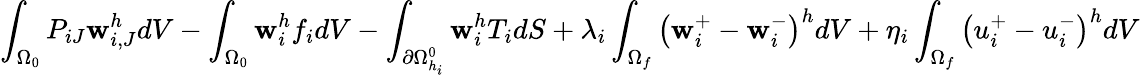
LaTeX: \int_{\Omega_{0}}P_{iJ}\mathbf{w}_{i,J}^{h}dV-\int_{\Omega_{0}}{\mathbf{w}_{i}^{h}f_{i}}dV-\int_{\partial\Omega_{h_{i}}^{0}}\mathbf{w}_{i}^{h}T_{i}dS+\lambda_{i}\int_{\Omega_{f}}\left(\mathbf{w}_{i}^{+}-\mathbf{w}_{i}^{-}\right)^{h}dV+\eta_{i}\int_{\Omega_{f}}\left(u_{i}^{+}-u_{i}^{-}\right)^{h}dV